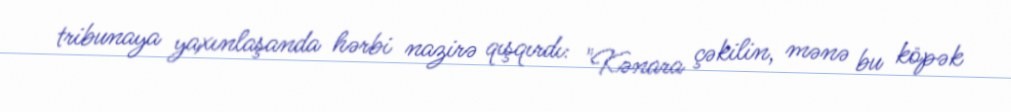
tribunaya yaxınlaşanda hərbi nazirə qışqırdı: "Kənara çəkilin, mənə bu köpək